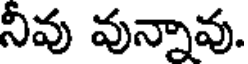
నీవు వున్నావు.